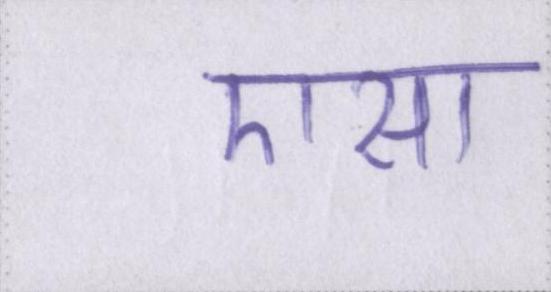
एसा